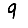
Digit: 9